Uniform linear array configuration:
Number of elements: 64
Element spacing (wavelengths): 0.75
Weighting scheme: hann
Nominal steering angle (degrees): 0
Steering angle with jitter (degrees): -0.5507
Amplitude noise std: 0.05
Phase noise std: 0.05

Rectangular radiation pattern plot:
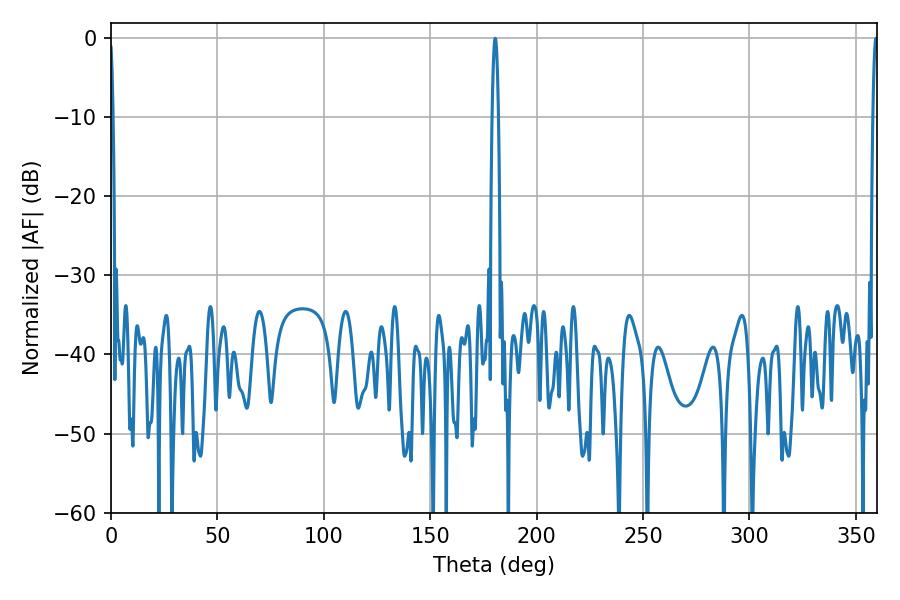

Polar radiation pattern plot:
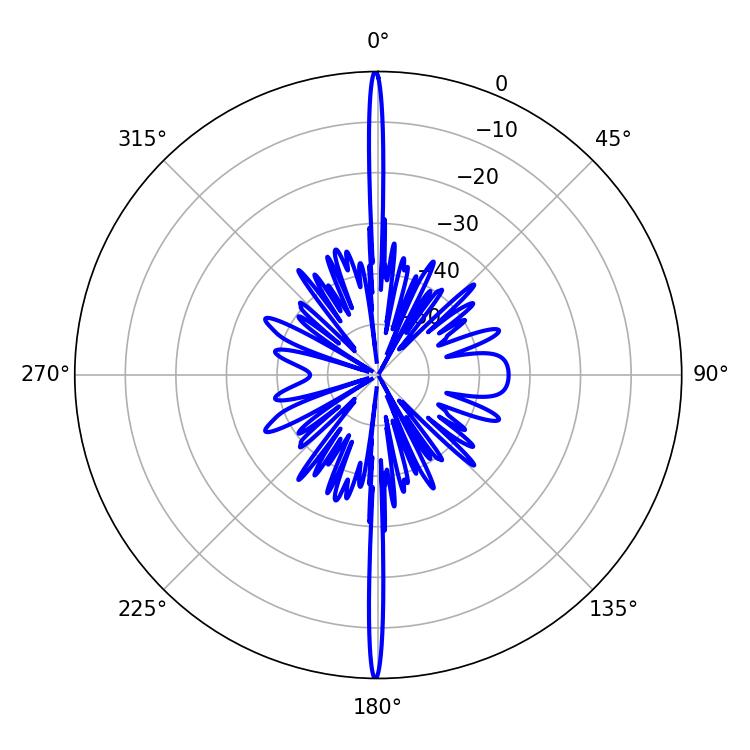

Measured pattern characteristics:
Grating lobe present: TRUE
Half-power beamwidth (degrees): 1.26
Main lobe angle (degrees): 359.46